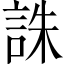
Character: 誅